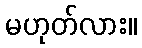
မဟုတ်လား။